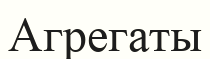
Агрегаты